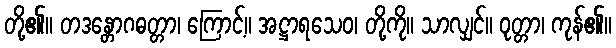
တို့၏။ တဒန္တောဂဓတ္တာ၊ ကြောင့်။ အဋ္ဌာရသေဝ၊ တို့ကို။ သာလျှင်။ ဝုတ္တာ၊ ကုန်၏။